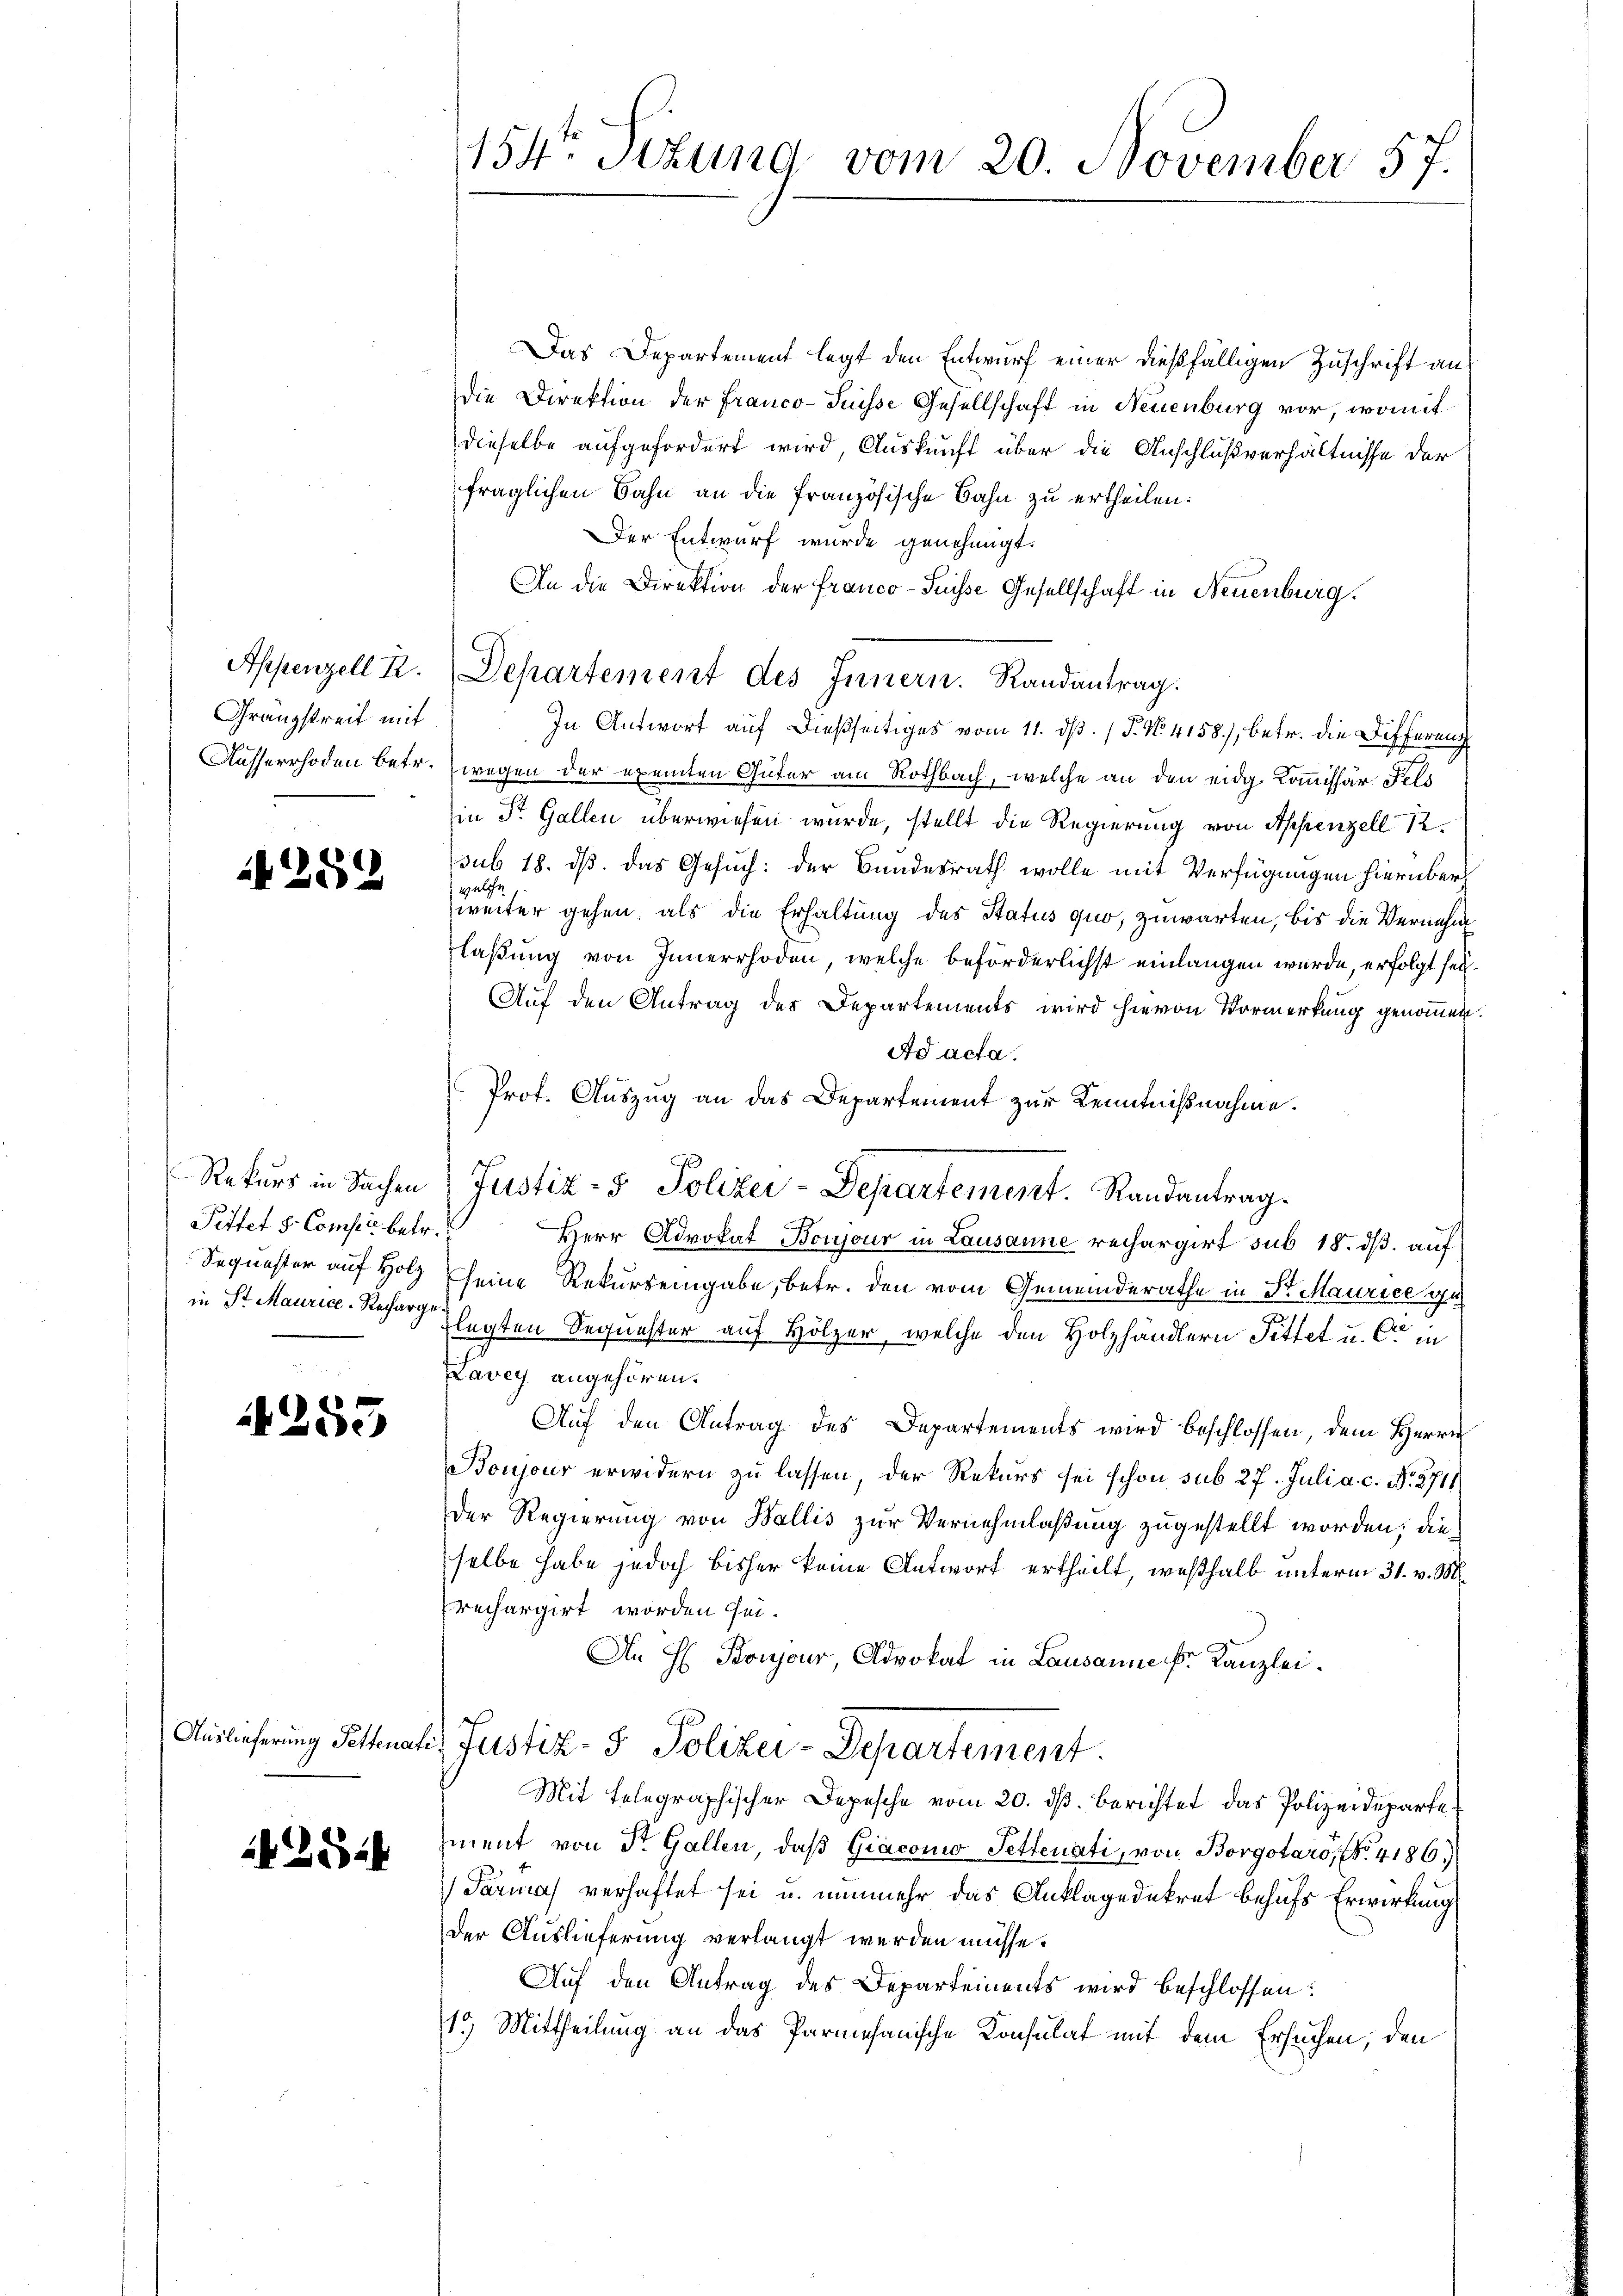
Appenzell A.
Granzstreit mit

4289

Pittet S. Comper betr.
Sequester auf Holz

253

2425

.
154ten Sizung vom 20. November 57.

Das Departement legt den Entwurf einer dießfälligen Zuschrift an
Die Direktion der Franco-Suisse Gesellschaft in Neuenburg vor, womit
dieselbe aufgefordert wird, Auskunft über die Anschlußverhältnisse der
fraglichen Sahn an die französische Bahn zu ertheilen.
Der Entwurf wurde genehmigt.
An die Direktion der Franco- Puisse Gesellschaft in Neuenburg.
Departement des Innern. Randantrag.
In Antwort auf dießseitiges vom 11. dß. / 5. No. 4158), betr. die Differenz
Ausserrhoden betr. wegen der exemten Güter am Rothbach, welche an den eidg. Kommissär Fels
in St. Gallen überwiesen wurde, stellt die Regierung von Appenzell 12.
sub 18. ds. das Gesuch: der Bundesrath wolle mit Verfügungen hierüber
weiter gehen, als die Erhaltung des Status quo, zuwarten, bis die Vernehm
laßung von Innerrhoden, welche beförderlichst einlangen wurde, erfolgt sei.
Auf den Antrag des Departements wird hievon Vormerkung genommen
Ad acta.
Prot. Auszug an das Departement zur Kenntnißnahme.
Rekurs in Sachen Justiz- & Polizei-Departement. Randantrag.
Herr Advokat Boujour in Lausanne rechargirt sub 18. ds. auf
seine Rekursengabe, betr. den vom Gemeinderathe in Sr Maurice ge
in St. Maurice. Rechargelegten Sequester auf Hölzer, welche den Holzhändlern Fittet u. Cr in
Lavey angehören.
Auf den Antrag des Departements wird beschlossen, dem Herrn
Boujour erwidern zu lassen, der Rekurs sei schon sub 27. Juli a. c. No. 2711
Der Regierung von Wallis zur Vernehmlaßung zugestellt worden; die
selbe habe jedoch bisher keine Antwort ertheilt, weßhalb unterm 31. v. M.
prechargirt worden sei.
An H. Boujour, Advokat in Lausanne fr. Kanzlei.
Auslieferung Selnatis Justiz- & Poliker-Departement.
Mit Telegraphischer Depesche vom 20. ds. berichtet das Polizeidepartezment von Dr. Gallen, daβ Giaconio Settenati, von Borgotaro, 4186.)
Tarmal verhaftet sei u. nunmehr das Anklage dekret behufs Erwirkung
der Auslieferung verlangt werden müsse.
Auf den Antrag des Departements wird beschlossen:
15) Mittheilung an das Parmesanische Konsulat mit dem Ersuchen, den